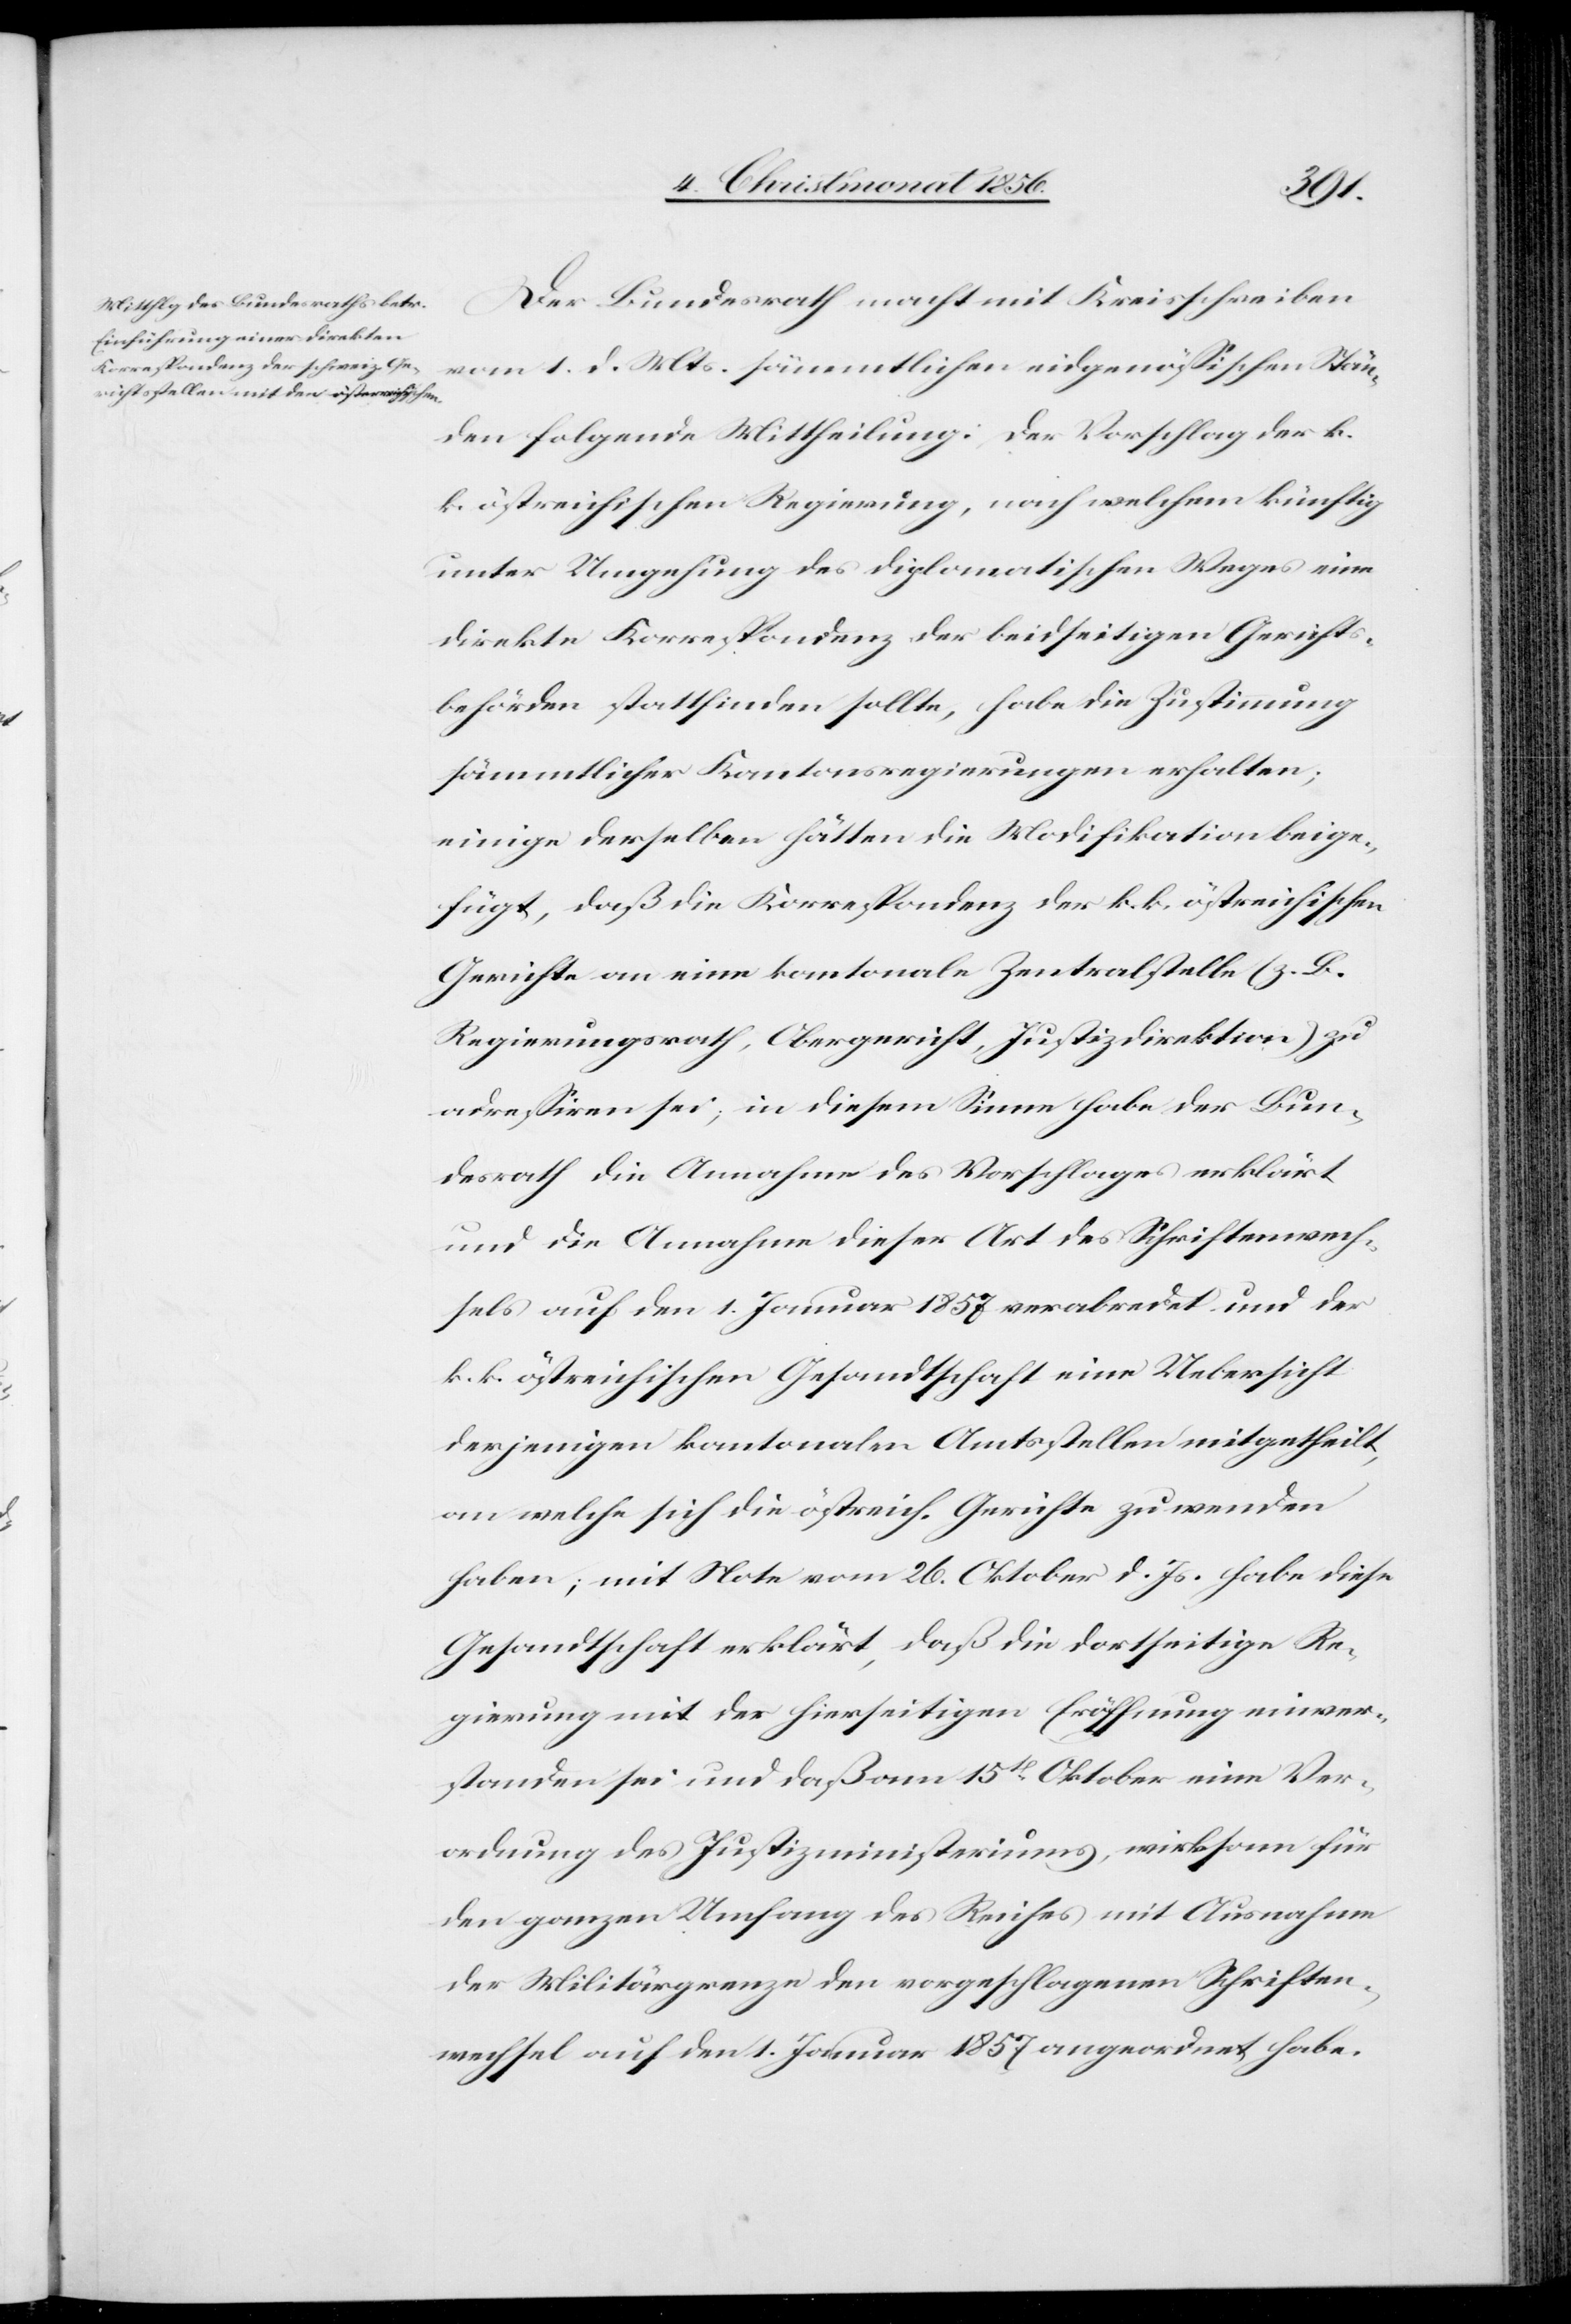
Der Bundesrath macht mit Kreisschreiben
vom 1. d. Mts. sämmtlichen eidgenössischen Stän¬
den folgende Mittheilung: Der Vorschlag der k.
k. östreichischen Regierung, nach welchem künftig
unter Umgehung des diplomatischen Weges eine
direkte Korrespondenz der beidseitigen Gerichts¬
behörden stattfinden sollte, habe die Zustimmung
sämmtlicher Kantonsregierungen erhalten;
einige derselben hätten die Modifikation beige¬
fügt, daß die Korrespondenz der k. k. östreichischen
Gerichte an eine kantonale Zentralstelle (z. B.
Regierungsrath, Obergericht, Justizdirektion) zu
adressiren sei; in diesem Sinne habe der Bun¬
desrath die Annahme des Vorschlages erklärt
und die Annahme dieser Art des Schriftenwech¬
sels auf den 1. Januar 1857 verabredet und der
k. k. östreichischen Gesandtschaft eine Uebersicht
derjenigen kantonalen Amtsstellen mitgetheilt,
an welche sich die östreich. Gerichte zu wenden
haben; mit Note vom 26. Oktober d. Js. habe diese
Gesandtschaft erklärt, daß die dortseitige Re¬
gierung mit der hierseitigen Eröffnung einver¬
standen sei und daß am 15t Oktober eine Ver¬
ordnung des Justizministeriums, wirksam für
den ganzen Umfang des Reiches mit Ausnahme
der Militärgrenze den vorgeschlagenen Schriften¬
wechsel auf den 1. Januar 1857 angeordnet habe.